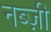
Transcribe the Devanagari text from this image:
नब्ज़ी